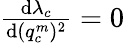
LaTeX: \begin{array}{r}{\frac{\mathrm{d}\lambda_{c}}{\mathrm{d}(q_{c}^{m})^{2}}=0}\end{array}